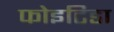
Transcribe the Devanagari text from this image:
फोइटिडा